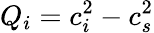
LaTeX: Q_{i}=c_{i}^{2}-c_{s}^{2}